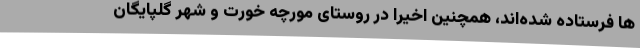
ها فرستاده شده‌اند، همچنین اخیرا در روستای مورچه خورت و شهر گلپایگان